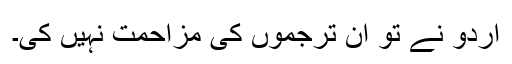
اردو نے تو ان ترجموں کی مزاحمت نہیں کی۔